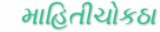
માહિતીચોકઠા